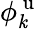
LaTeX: \phi_{\mathit{k}}^{\mathrm{{~u~}}}